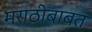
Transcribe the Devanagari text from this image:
मराठीबाबत